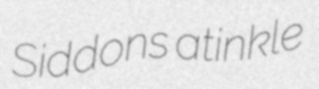
Siddons atinkle